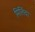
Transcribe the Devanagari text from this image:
मिलिंदा